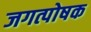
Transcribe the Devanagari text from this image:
जगत्पोषक